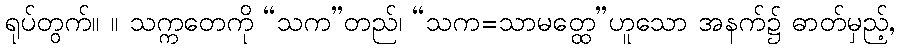
ရုပ်တွက်။ ။ သက္ကတေကို “သက”တည်၊ “သက=သာမတ္ထေ”ဟူသော အနက်၌ ဓာတ်မှည့်,